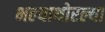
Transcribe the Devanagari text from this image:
भल्याथोरल्या